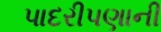
પાદરીપણાની